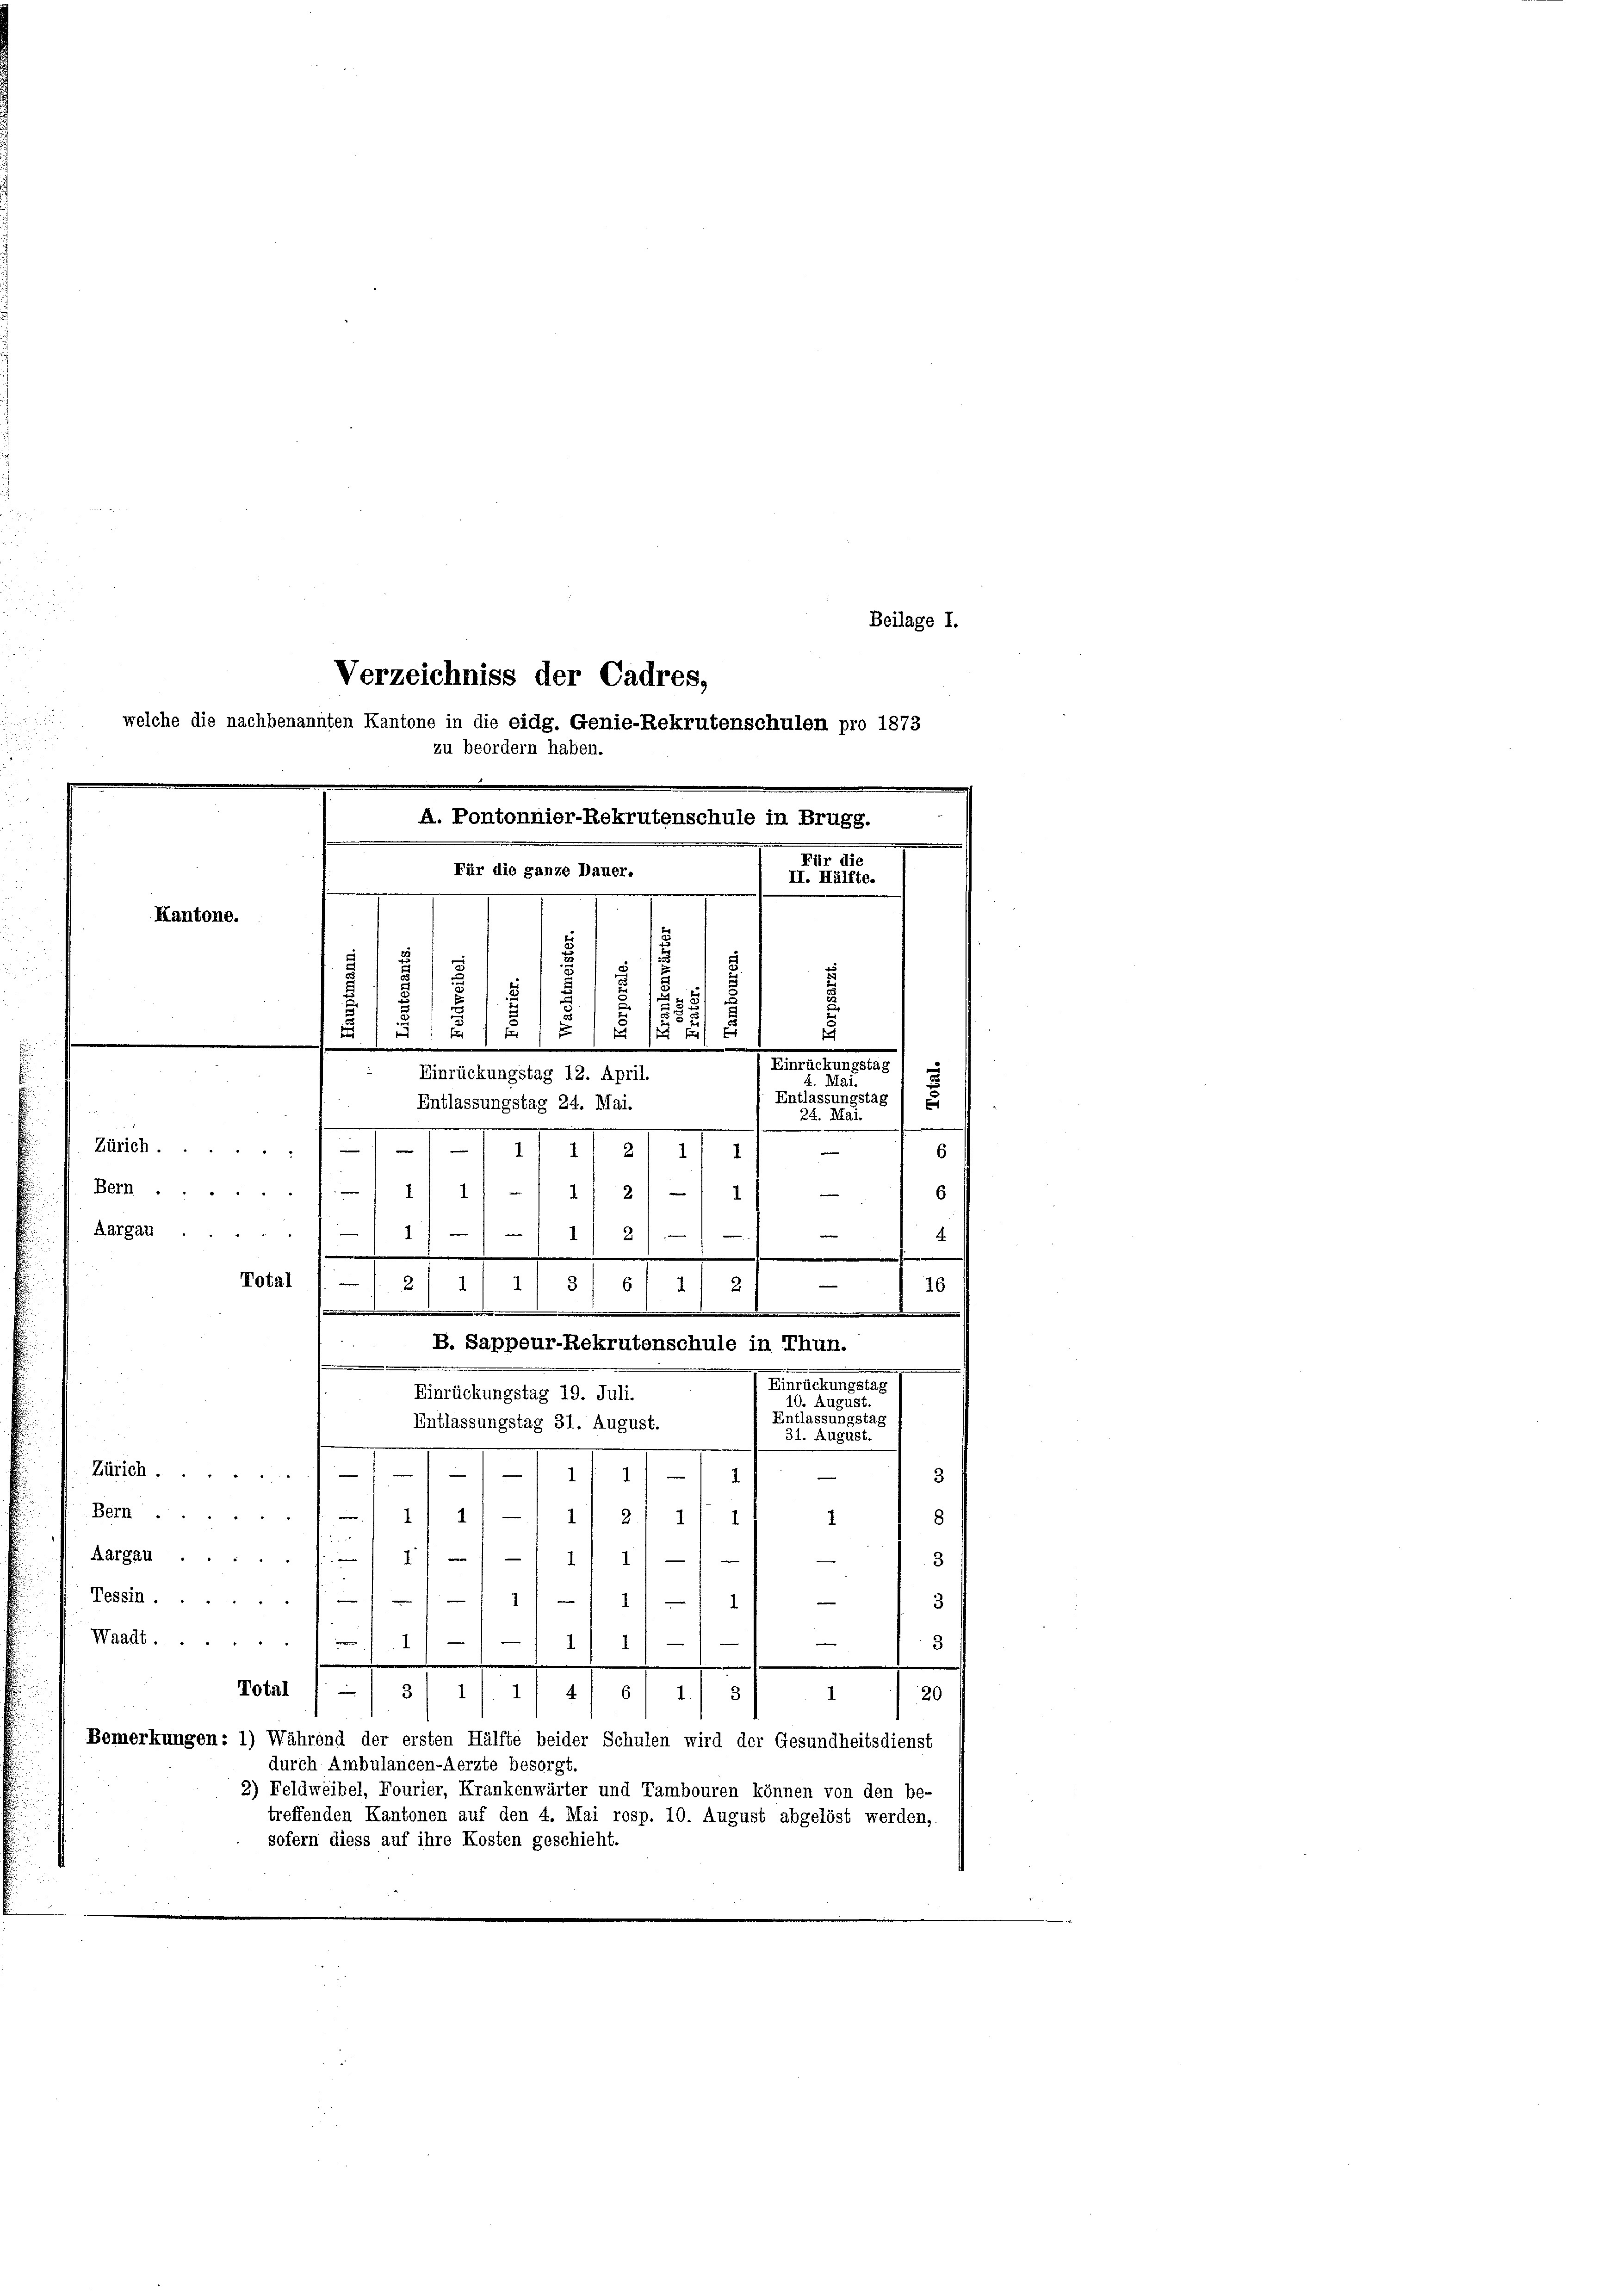
Verzeichniss der Cadres,
welche die nachbenannten Kantone in die eidg. Genie-Rekrutenschulen pro 1873
zu beordern haben.

m
.
A. Pontonnier-Rekrutenschule in Brugg.
Für die ganze Dauer.
Kantone.
e
d

Nr. 10
II. Hälfte.
.
5
8
s
 x x
15 f 0 x
s
.
e
.
Simetersten
Einrückungstag 12. April.
4. Mai.
Entlassungstag / e
Entlassungstag 24. Mai.
24. M.
e
.
e
15/11 11 des III
e
6

Beilage I.

Zürich.
Bam-11/11/1) 2) —
6
Aargau

.
e
e
Total
e
16
m
Entlassungstag 31. August.
M
11
3
Bern) 1) i/ —11, 21 1
8
Aargau.
—
g
I 1
3
1

Tessin.
1
1) — 1 3
Waadt.11)
1 1/

3
e
.
.
Total
3/11.
461. 3
r
20
Bemerkungen: 1) Während der ersten Hälfte beider Schulen wird der Gesundheitsdienst
durch Ambulancen-Aerzte besorgt.
2) Feldweibel, Fourier, Krankenwärter und Tambouren können von den be-
treffenden Kantonen auf den 4. Mai resp. 10. August abgelöst werden,
sofern diess auf ihre Kosten geschieht.

2/
.
 2/1/ 1 3/5 1/2
.
B. Sappeur-Rekrutenschule in Thun.

Einrückungstag 19. Juli.

1

Hesselben ers
10. August.
Entlassungstag
31. August.
1